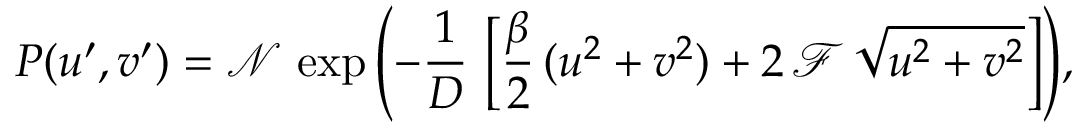
P ( u ^ { \prime } , v ^ { \prime } ) = \mathcal { N } \, \exp { \left( - \frac { 1 } { D } \, \left[ \frac { \beta } { 2 } \, ( u ^ { 2 } + v ^ { 2 } ) + 2 \, \mathcal { F } \, \sqrt { u ^ { 2 } + v ^ { 2 } } \right] \right) } ,